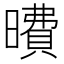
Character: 曊